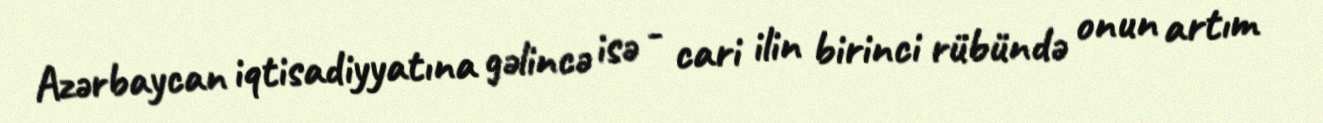
Azərbaycan iqtisadiyyatına gəlincə isə - cari ilin birinci rübündə onun artım